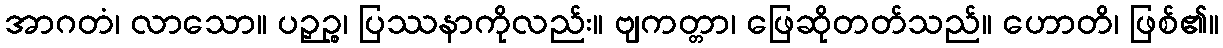
အာဂတံ၊ လာသော။ ပဉှဉ္စ၊ ပြဿနာကိုလည်း။ ဗျကတ္တာ၊ ဖြေဆိုတတ်သည်။ ဟောတိ၊ ဖြစ်၏။